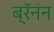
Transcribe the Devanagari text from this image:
ब्रॅनंन